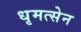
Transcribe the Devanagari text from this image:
धृमत्सेन